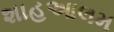
શાહઆલમ